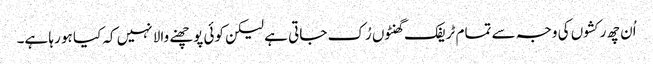
اُن چھ رکشوں کی وجہ سے تمام ٹریفک گھنٹوں رُک جاتی ہے لیکن کوئی پوچھنے والا نہیں کہ کیا ہو رہا ہے۔